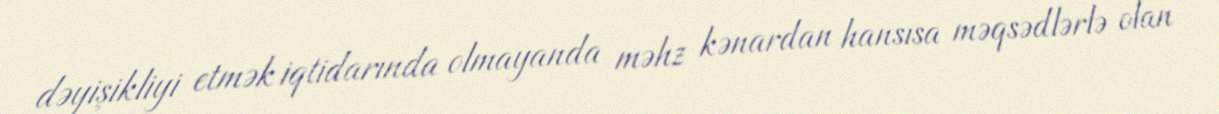
dəyişikliyi etmək iqtidarında olmayanda məhz kənardan hansısa məqsədlərlə olan